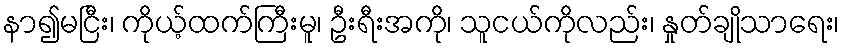
နာ၍မငြီး၊ ကိုယ့်ထက်ကြီးမူ၊ ဦးရီးအကို၊ သူငယ်ကိုလည်း၊ နှုတ်ချိုသာရေး၊